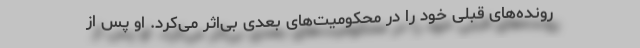
رونده‌های قبلی خود را در محكومیت‌های بعدی بی‌اثر می‌کرد. او پس از